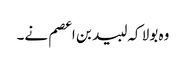
وہ بولا کہ لبید بن اعصم نے۔